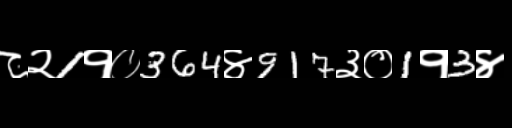
Text: ८२1१०364४917३०1१3४